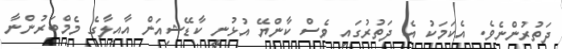
ދަތުރުންނެވެ. އެކަމަކު އެ ދަތުރުގައި ވެސް ކާންޔޭ އުޅުނީ ކާޑޭޝިއަން އާއިލާގެ މެމްބަރުންނާ